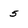
Character: 5